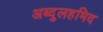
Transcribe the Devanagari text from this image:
अब्दुलहमिद